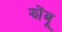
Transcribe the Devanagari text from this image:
झोंंबू